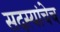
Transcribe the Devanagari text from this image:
सदस्यांचेच